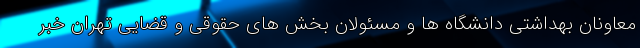
معاونان بهداشتی دانشگاه ها و مسئولان بخش های حقوقی و قضایی تهران خبر